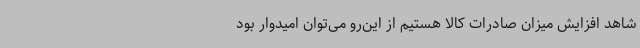
شاهد افزایش میزان صادرات کالا هستیم از این‌رو می‌توان امیدوار بود